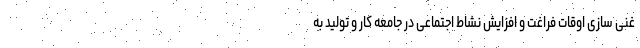
غنی سازی اوقات فراغت و افزایش نشاط اجتماعی در جامعه کار و تولید به